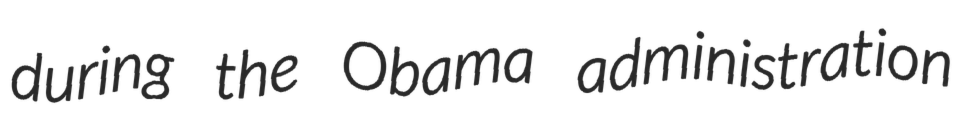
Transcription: during the Obama administration